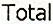
TOTAL